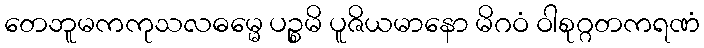
တေဘူမကကုသလဓမ္မေ ပဉ္စမိ ပူဇိယမာနော မိဂဝံ ဝါစုဂ္ဂတကရဏံ